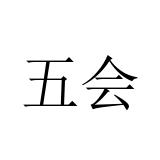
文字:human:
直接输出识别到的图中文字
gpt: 五会